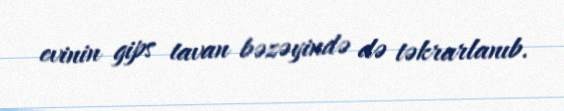
evinin gips tavan bəzəyində də təkrarlanıb.